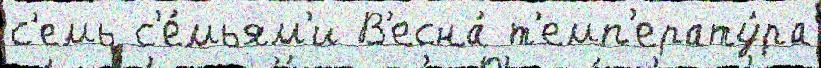
с'емь с'е́мьям'и В'есна́ т'емп'ерату́ра